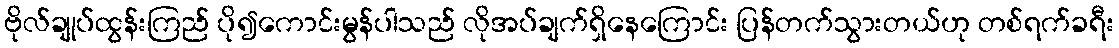
ဗိုလ်ချုပ်ထွန်းကြည် ပို၍ကောင်းမွန်ပါသည် လိုအပ်ချက်ရှိနေကြောင်း ပြန်တက်သွားတယ်ဟု တစ်ရက်ခရီး